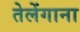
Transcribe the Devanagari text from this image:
तेलेंगाना